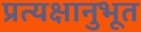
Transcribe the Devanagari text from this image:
प्रत्यक्षानुभूत